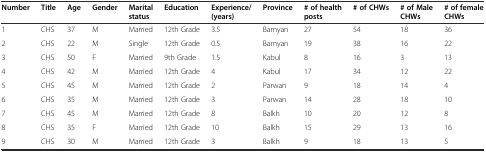
<table><thead><tr><td><b>Number</b></td><td><b>Title</b></td><td><b>Age</b></td><td><b>Gender</b></td><td><b>Marital status</b></td><td><b>Education</b></td><td><b>Experience/(years)</b></td><td><b>Province</b></td><td><b># of health posts</b></td><td><b># of CHWs</b></td><td><b># of Male CHWs</b></td><td><b># of female CHWs</b></td></tr></thead><tbody><tr><td>1</td><td>CHS</td><td>37</td><td>M</td><td>Married</td><td>12th Grade</td><td>3.5</td><td>Bamyan</td><td>27</td><td>54</td><td>18</td><td>36</td></tr><tr><td>2</td><td>CHS</td><td>22</td><td>M</td><td>Single</td><td>12th Grade</td><td>0.5</td><td>Bamyan</td><td>19</td><td>38</td><td>16</td><td>22</td></tr><tr><td>3</td><td>CHS</td><td>50</td><td>F</td><td>Married</td><td>9th Grade</td><td>1.5</td><td>Kabul</td><td>8</td><td>16</td><td>3</td><td>13</td></tr><tr><td>4</td><td>CHS</td><td>42</td><td>M</td><td>Married</td><td>12th Grade</td><td>4</td><td>Kabul</td><td>17</td><td>34</td><td>12</td><td>22</td></tr><tr><td>5</td><td>CHS</td><td>45</td><td>M</td><td>Married</td><td>12th Grade</td><td>2</td><td>Parwan</td><td>9</td><td>18</td><td>14</td><td>4</td></tr><tr><td>6</td><td>CHS</td><td>35</td><td>M</td><td>Married</td><td>12th Grade</td><td>3</td><td>Parwan</td><td>14</td><td>28</td><td>18</td><td>10</td></tr><tr><td>7</td><td>CHS</td><td>45</td><td>M</td><td>Married</td><td>12th Grade</td><td>8</td><td>Balkh</td><td>10</td><td>20</td><td>12</td><td>8</td></tr><tr><td>8</td><td>CHS</td><td>35</td><td>F</td><td>Married</td><td>12th Grade</td><td>10</td><td>Balkh</td><td>15</td><td>29</td><td>13</td><td>16</td></tr><tr><td>9</td><td>CHS</td><td>30</td><td>M</td><td>Married</td><td>12th Grade</td><td>3</td><td>Balkh</td><td>9</td><td>18</td><td>13</td><td>5</td></tr></tbody></table>